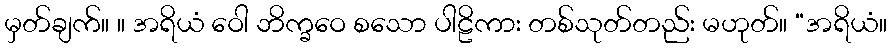
မှတ်ချက်။ ။ အရိယံ ဝေါ ဘိက္ခဝေ စသော ပါဠိကား တစ်သုတ်တည်း မဟုတ်။ “အရိယံ။